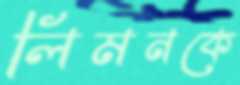
লিমনকে